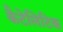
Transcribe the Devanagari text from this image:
कैटेलिटिक